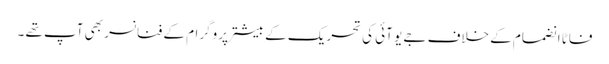
فاٹا انضمام کے خلاف جے یو آئی کی تحریک کے بیشتر پروگرام کے فنانسر بھی آپ تھے ۔